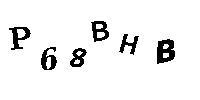
P68BHB